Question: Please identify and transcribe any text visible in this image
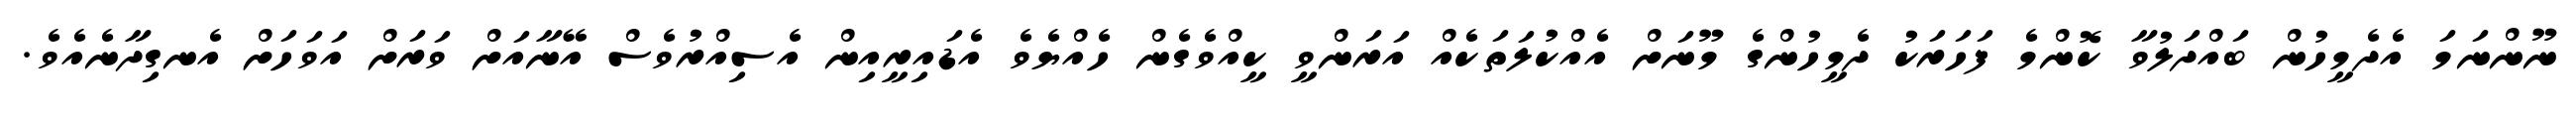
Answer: ނޫންނަމަ އެދެމީހުން ބައްދަލުވާ ކޮންމެ ފަހަރަކު ދެމީހުންގެ މޫނަށް އެއްކުލަތަކެއް އަރަންވީ ކީއްވެގެން ހެއްޔެވެ އެޑައިރީއިން އެސިއްރުވެސް އޭނާއަށް ވަރަށް އަވަހަށް އެނގިދާނެއެވެ.